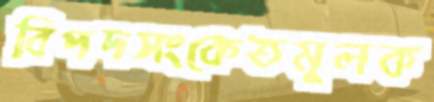
বিপদসংকেতমূলক